Vaccination United Provinces of Agra and Oudh 1914-1922 - 1914-1922
Year: 1914
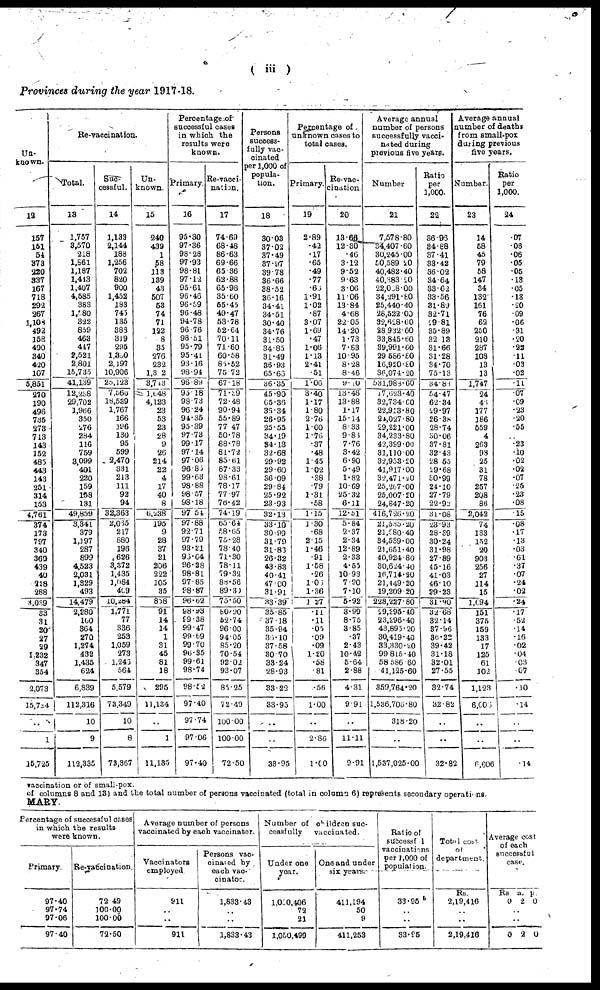
( iii )
Provinces during the year 1917-18.
Un-
known.
12
157
151
54
373
220
337
167
718
292
267
1,108
492
158
490
340
420
107
5,851
270
190
496
735
273
713
143
152
485
443
143
251
314
153
4,761
374
173
797
340
360
439
40
228
288
3,039
33
31
20
27
29
1,232
347
354
2,073
15,724
..
1
15,725
Re-vaccination.
Total.
13
1,757
3,570
218
1,861
1,187
1,413
1,407
4,585
383
1,580
322
859
463
447
2,521
2,801
15,735
41,139
12,238
29,702
1,966
350
276
284
116
759
3,099
401
220
159
158
131
49,859
3,341
379
1,197
287
899
4,523
2,031
1,329
493
14,479
2,280
160
364
270
1,274
432
1,435
624
6,839
112,316
10
9
112,335
Suc¬
cessful.
14
1,133
2,144
188
1,256
702
820
900
1,452
183
745
135
388
319
295
1,350
2,197
10,906
25,123
7,560
18,539
1,767
166
196
130
95
599
2,470
331
213
111
92
94
32,363
2,065
217
880
196
626
3,372
1,435
1,084
409
10, 284
1,771
77
336
253
1,059
273
1,246
564
5,579
73,349
10
8
73,367
Un¬
known.
15
240
439
1
58
113
139
43
507
53
74
71
122
8
35
276
232
1,332
3,743
1,648
4,123
23
53
23
28
9
26
214
22
4
17
40
8
6,238
195
9
28
37
21
206
222
105
35
858
91
14
14
1
31
45
81
18
295
11,134
..
1
11,135
Percentage of
successful cases
in which the
results were
known.
Primary.
16
95.30
97.36
98.28
97.93
98.81
97.12
95.61
96.46
96.59
96.48
94.78
96.76
98.51
95.79
95.41
93.16
98.94
96.89
95.18
98.73
96.24
94.35
95.39
97.73
99.17
97.14
97.06
96.85
99.63
98.88
98.57
98.18
97.54
97.88
92.71
97.79
93.21
96.64
96.28
98.81
97.85
98.87
96.62
98.93
99.38
99.47
99.69
99.70
96.35
99.61
98.74
98.52
97.40
97.74
97.06
97.40
Re-vacci¬
nation.
17
74.69
68.48
86.63
69.66
65.36
62.88
65.98
35.60
55.45
49.47
53.78
52.64
70.11
71.60
60.58
85.52
75.72
67.18
71.39
72.48
90.94
55.89
77.47
50.78
88.78
81.72
85.61
87.33
98.61
78.17
77.97
76.42
74.19
65.64
58.65
75.28
78.40
71.30
78.11
79.32
88.56
89.30
75.50
80.90
52.74
96.00
94.05
85.20
70.54
92.02
93.07
85.25
72.49
100.00
100.00
72.50
Persons
success-
fully vac¬
cinated
per 1,000 of
popula-
tion.
18
30.03
37.02
37.49
37.97
39.78
36.66
38.52
36.16
34.41
34.51
30.40
34.76
31.50
34.85
31.49
36.93
65.66
36.35
45.90
65.36
36.34
26.95
25.55
34.19
34.13
32.68
29.92
29.60
36.09
29.84
25.92
23.93
32.13
33.10
30.99
31.79
31.86
26.32
43.83
40.41
47.00
31.91
33.39
35.85
37.18
35.94
36.10
37.58
30.70
33.24
28.93
33.22
33.95
..
..
33.95
Percentage of
unknown cases to
total cases.
Primary.
19
2.89
.42
.17
.65
.49
.77
.65
1.91
1.02
.87
3.07
1.69
.47
1.06
1.13
2.41
.51
1.06
3.40
1.17
1.80
2.76
1.00
1.76
.37
.48
1.45
1.02
.38
.79
1.31
.58
1.15
1.30
.68
2.15
1.46
.91
1.58
.26
1.05
1.36
1.27
.11
.11
.05
.09
.09
1.20
.58
.81
.56
1.00
..
2.86
1.00
Re-vac¬
cination.
20
13.66
12.30
.46
3.12
9.52
9.63
3.06
11.06
13.84
4.68
22.05
14.20
1.73
7.83
10.95
8.28
8.46
9. 10
13.46
13.88
1.17
15.14
8.33
9.86
7.76
3.42
6.90
5.49
1.82
10.69
25.32
6.11
12.51
5.84
2.37
2.34
12.89
2.33
4.55
10.93
7.90
7.10
5.92
3.99
8.75
3.85
.37
2.43
10.42
5.64
2.88
4.31
9.91
..
11.11
9.91
Average annual
number of persons
successfully vacci-
nated during
previous five years.
Number
21
7,578.80
34,407.60
30,245.00
50,589.20
40,482.40
40,383 .20
22,008.00
34,291.80
25,440.40
28,522.00
32,628.60
28,932.60
33,845.60
39,991.60
29,586.80
16,920.80
36,074.20
531,988.60
17,623.40
32,734.60
22,913.80
24,027.80
29,221.00
34,233.80
42,399.00
31,110.00
32,953.20
41,917.00
32,471.20
25,267.00
25,007.20
24,847.20
416,726.20
21,535.20
21,580.40
34,539.00
21,651.40
40,924.80
30,624.40
16,714.20
21,449.20
19,209.20
228,227.80
29,295 .40
23,296.40
43,895.20
30,419.40
33,330.20
99,815.40
58,586.60
41,125.60
359,764.20
1,536,706.80
318.20
..
1,537,025.00
Ratio
per
1,000.
22
36.96
34.88
37.41
33.42
36.02
34.64
33.62
33.56
31.89
32.71
29.81
35.89
32.13
31.66
31.28
34.70
75.13
34.83
54.47
62.34
29.97
26.38
28.74
30.06
37.81
32.43
28.55
29.68
30.99
24.10
27.79
22.92
31.08
23.93
28.39
30.24
31.98
27.89
45.16
41.03
46.10
29.23
31.90
32.68
32.14
37.96
36.22
39.42
31.18
32.01
27.55
32.74
32.82
..
..
32.82
Average annual
number of deaths
form small-pox
during previous
five years.
Number.
23
14
58
45
79
58
147
34
132
161
76
62
250
210
287
108
13
13
1,747
24
46
177
186
559
4
263
98
25
31
78
257
208
86
2,042
74
133
152
20
903
256
27
114
15
1,694
151
375
159
133
17
125
61
102
1,123
6,006
..
..
6,606
Ratio
per
1,000.
24
.07
.08
.06
.05
.05
.13
.05
.13
.20
.09
.06
.31
.20
.22
.11
.03
.02
.11
.07
.09
.23
.20
.55
..
.23
.10
.02
.02
.07
.25
.23
.08
.15
.08
.17
.13
.03
.61
.37
.07
.24
.02
.24
.17
.52
.14
.16
.02
.04
.03
.07
.10
.14
..
..
.14
vaccination or of small-pox.
of columns 8 and 13) and the total number of persons vaccinated (total in column 6) represents secondary operations.
MARY.
Percentage of successful cases
in which the results
were known.
Primary.
97.40
97.74
97.06
97.40
Re-vaccination.
72.49
100.00
100.00
72.50
Average number of persons
vaccinated by each vaccinator.
Vaccinators
employed
911
..
..
911
Persons vac¬
cinated by
each vac-
cinator.
1,833.43
..
..
1,833.43
Number of chilren suc¬
cessfully
vaccinated.
Under one
year.
1,050,406
72
21
1,050,499
One and under
six years.
411,194
50
9
411,253
Ratio of
successful
vaccinations
per 1,000 of
population.
33.95
..
..
33.95
Total cost
of
department.
Rs.
2,19,416
..
..
2,19,416
Average cost
of each
successful
case.
Rs
0
a.
2
p.
0
..
..
0 2 0